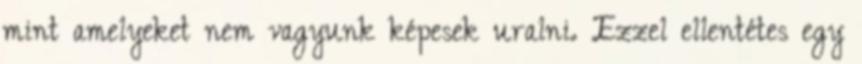
mint amelyeket nem vagyunk képesek uralni. Ezzel ellentétes egy